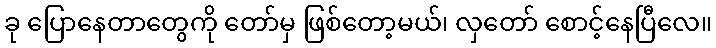
ခု ပြောနေတာတွေကို တော်မှ ဖြစ်တော့မယ်၊ လှတော် စောင့်နေပြီလေ။